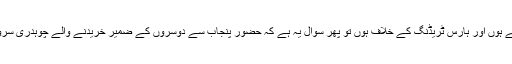
کیونکہ اگر آپ واقعی سچے ہوں اور ہارس ٹریڈنگ کے خلاف ہوں تو پھر سوال یہ ہے کہ حضور پنجاب سے دوسروں کے ضمیر خریدنے والے چوہدری سرور کو کب نکالا جائے گا۔